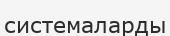
системаларды